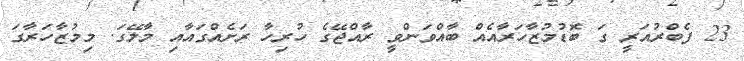
23 ފެބްރުއަރީ ގަ ބޮޑުމުޒާހަރާއެއް ބާއްވަންވީ ރާއްޖޭގެ ހުރިހާ ރަށެއްގައާއި މާލޭގަ. މިމުޒާހަރާގަ